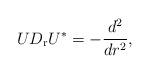
LaTeX: \begin{align*} U D_{\rm r} U^* = -\frac{d^2}{dr^2},\end{align*}